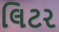
લિટર